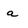
Character: a